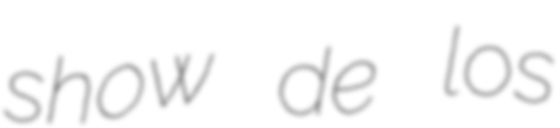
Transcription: show de los